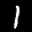
Label: 1